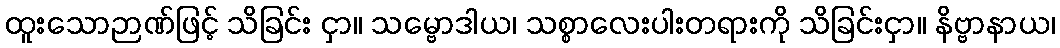
ထူးသောဉာဏ်ဖြင့် သိခြင်း ငှာ။ သမ္ဗောဒါယ၊ သစ္စာလေးပါးတရားကို သိခြင်းငှာ။ နိဗ္ဗာနာယ၊